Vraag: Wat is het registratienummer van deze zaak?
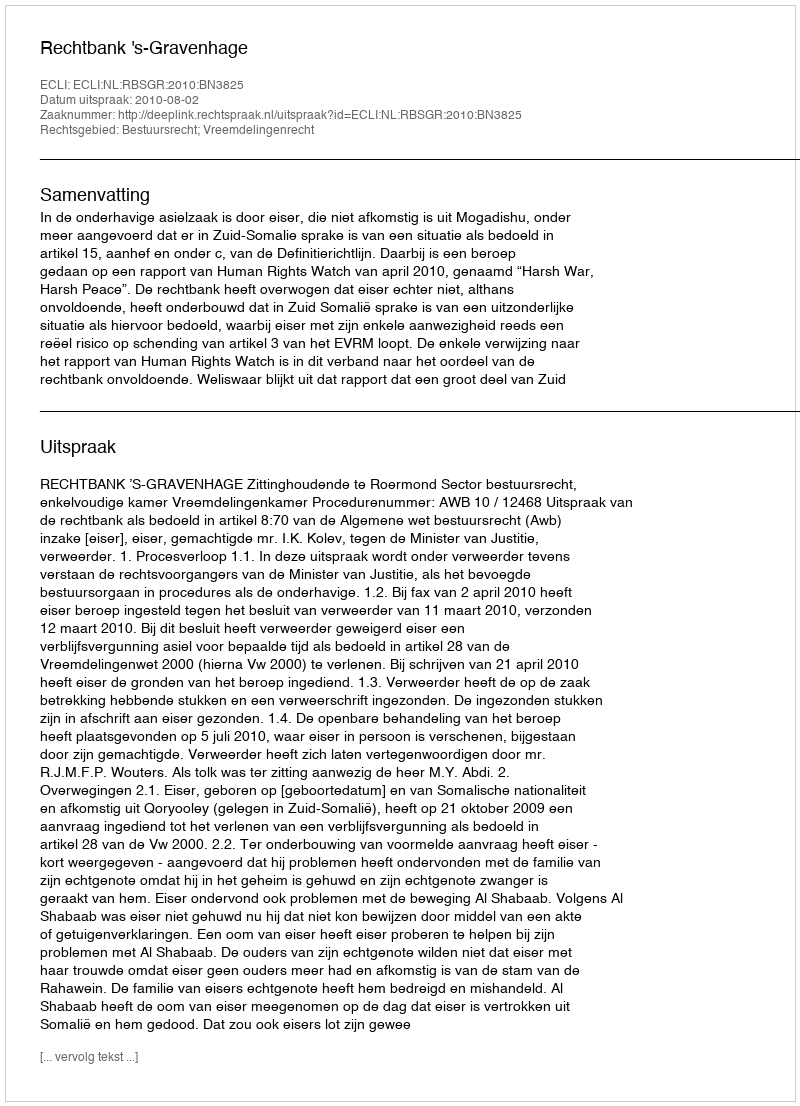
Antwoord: http://deeplink.rechtspraak.nl/uitspraak?id=ECLI:NL:RBSGR:2010:BN3825